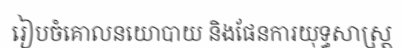
រៀបចំគោលនយោបាយ និងផែនការយុទ្ធសាស្ត្រ